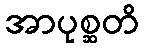
အာပုစ္ဆတိ